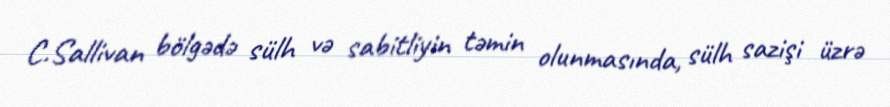
C.Sallivan bölgədə sülh və sabitliyin təmin olunmasında, sülh sazişi üzrə